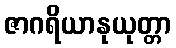
ဇာဂရိယာနုယုတ္တာ